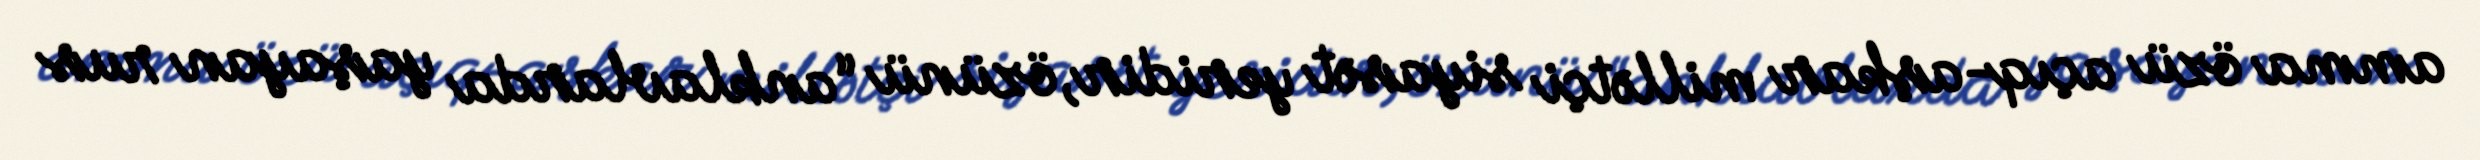
amma özü açıq-aşkar millətçi siyasət yeridir, özünü “anklavlarda yaşayan rus